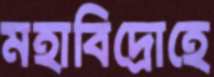
মহাবিদ্রোহে